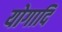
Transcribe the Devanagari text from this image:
योगादि